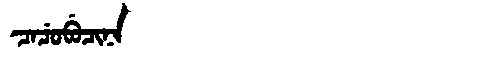
Manchu: ᠴᠠᠴᡠᠪᡠᠴᡳᠨᠠ
Romanization: CACUBUCINA